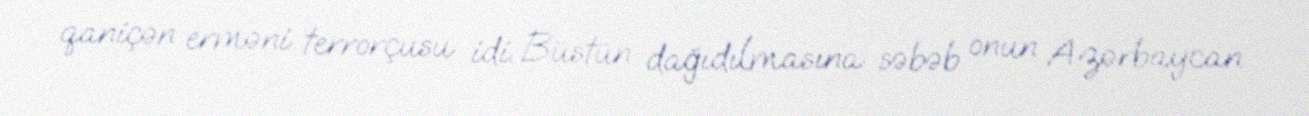
qaniçən erməni terrorçusu idi. Büstün dağıdılmasına səbəb onun Azərbaycan